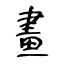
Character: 畫